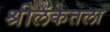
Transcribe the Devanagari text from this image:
श्रीलंकेतला